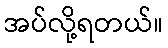
အပ်လို့ရတယ်။